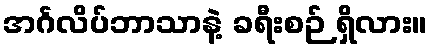
အင်္ဂလိပ်ဘာသာနဲ့ ခရီးစဉ် ရှိလား။